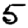
Digit: 5